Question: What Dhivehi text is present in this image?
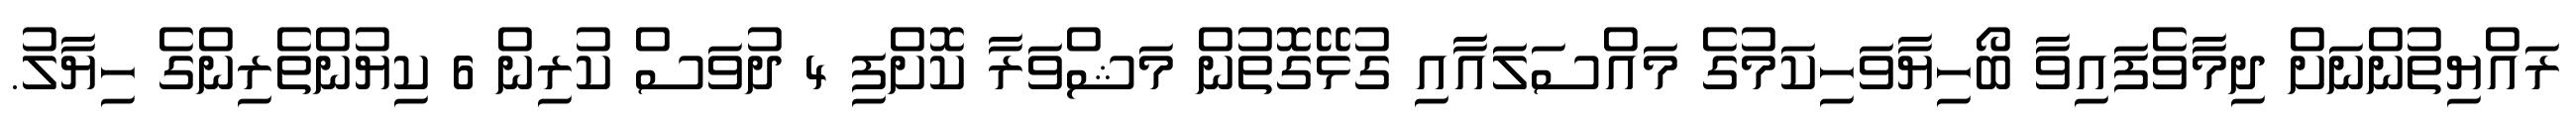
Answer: ރައްޔިތުންނަށް ދިމާވެފައިވާ ބޯހިޔާވަހިކަމުގެ މައްސަލައާއި ގުޅޭގޮތުން މަޝްވަރާ ކޮށްފި 4 ދުވަސް ކުރިން 6 ކިޔުންތެރިންގެ ހިޔާލު.